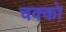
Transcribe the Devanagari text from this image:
चक्को